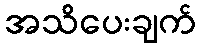
အသိပေးချက်